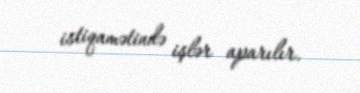
istiqamətində işlər aparılır.